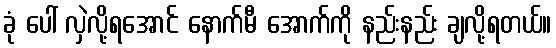
ခုံ ပေါ် လှဲလို့ရအောင် နောက်မီ အောက်ကို နည်းနည်း ချလို့ရတယ်။